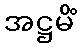
အဋ္ဌမိံ